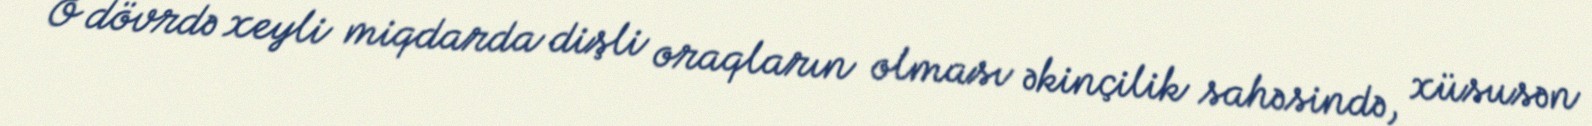
O dövrdə xeyli miqdarda dişli oraqların olması əkinçilik sahəsində, xüsusən